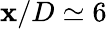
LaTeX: \mathbf{x}/D\simeq6